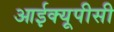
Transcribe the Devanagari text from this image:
आईक्यूपीसी